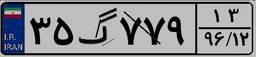
۳۵گ۷۷۹۱۳